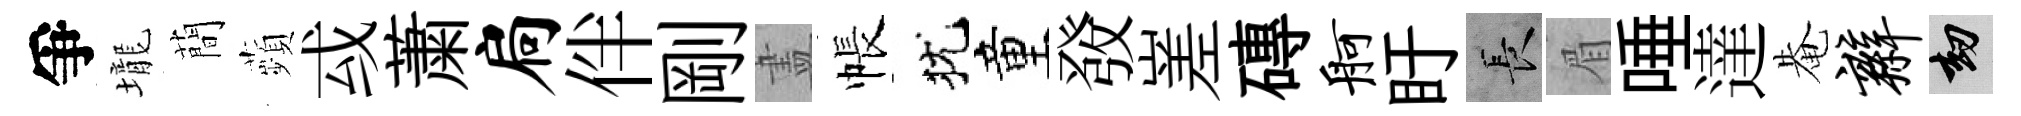
爭壠蕳蘋㦯䔥扃伴剛𥁞帳犹童𤼲嵳磚舸盱长眉唾達𤲅辫劫